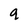
Character: q